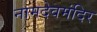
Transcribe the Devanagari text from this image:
नामदेवमंदिर